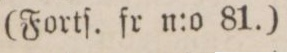
(Fortſ. fr n:o 81.)